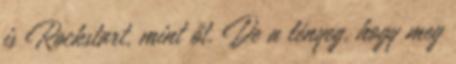
is Rockstart, mint őt. De a lényeg, hogy meg